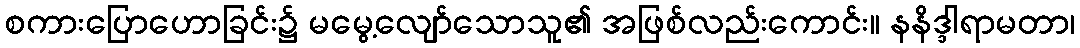
စကားပြောဟောခြင်း၌ မမွေ့လျော်သောသူ၏ အဖြစ်လည်းကောင်း။ နနိဒ္ဒါရာမတာ၊